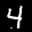
Label: 4